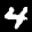
Label: 4